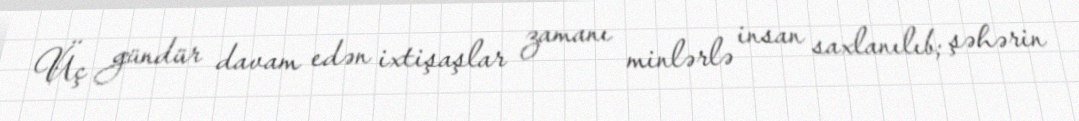
Üç gündür davam edən ixtişaşlar zamanı minlərlə insan saxlanılıb; şəhərin